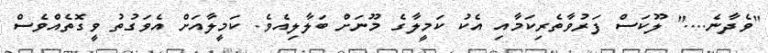
"ވެދާނެ...." ލޫކަސް ފަރުވާތެރިކަމާއި އެކު ކަމީލާގެ މޫނަށް ބަލާލިއެވެ. ކަމީލާއަށް އެވަގުތު ވީގޮތެއްވެސް